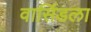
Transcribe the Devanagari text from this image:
वासिंडला